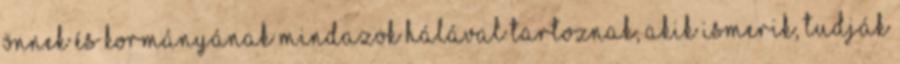
Önnek és kormányának mindazok hálával tartoznak, akik ismerik, tudják